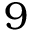
9